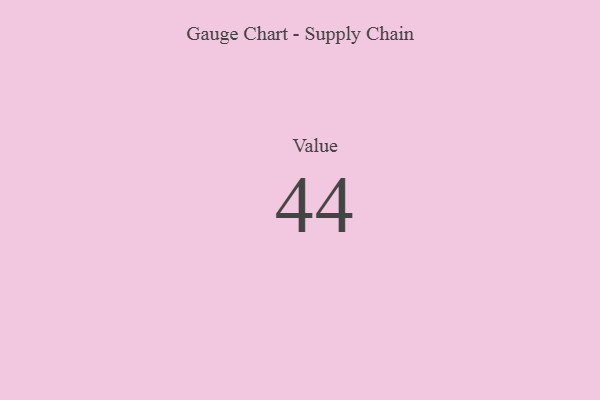
{"axis": {"x": "Metric", "y": "Value"}, "legend": [""], "data": [{"x": "Value", "y": 44, "type": ""}]}